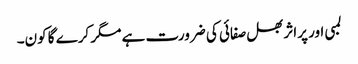
لمبی اور پراثر بھل صفائی کی ضرورت ہے مگر کرے گا کون۔